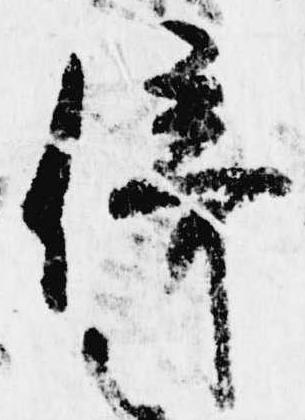
倚